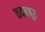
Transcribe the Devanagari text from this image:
कदमबुर